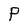
Character: P